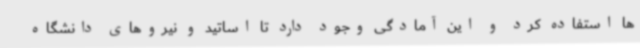
ها استفاده کرد و این آمادگی وجود دارد تا اساتید و نیروهای دانشگاه